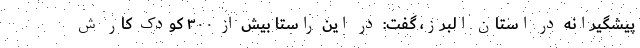
پیشگیرانه در استان البرز، گفت: در این راستا بیش از ۳۰۰ کودک کار ش